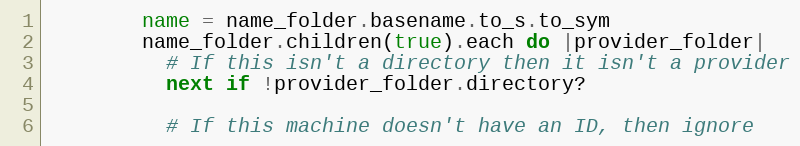
Language: Ruby
        name = name_folder.basename.to_s.to_sym
        name_folder.children(true).each do |provider_folder|
          # If this isn't a directory then it isn't a provider
          next if !provider_folder.directory?

          # If this machine doesn't have an ID, then ignore